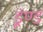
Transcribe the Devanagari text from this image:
डूंण्ड